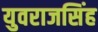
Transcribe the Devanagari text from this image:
युवराजसिंह